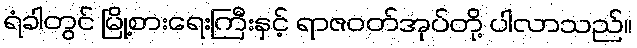
ရံခါတွင် မြို့စားရေးကြီးနှင့် ရာဇဝတ်အုပ်တို့ ပါလာသည်။